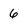
Character: 6